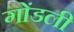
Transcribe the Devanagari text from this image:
गोंडली